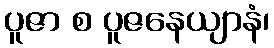
ပူဇာ စ ပူဇနေယျာနံ၊